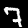
Digit: 7